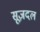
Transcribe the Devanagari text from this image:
सूज़दल